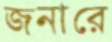
জনারে